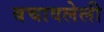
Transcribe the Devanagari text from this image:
बचावलेली